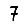
Digit: 7